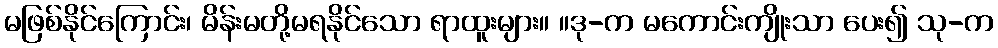
မဖြစ်နိုင်ကြောင်း၊ မိန်းမတို့မရနိုင်သော ရာထူးများ။ ။ဒု-က မကောင်းကျိုးသာ ပေး၍ သု-က